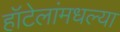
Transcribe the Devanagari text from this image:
हॉटेलांमधल्या